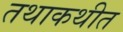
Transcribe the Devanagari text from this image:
तथाकथीत